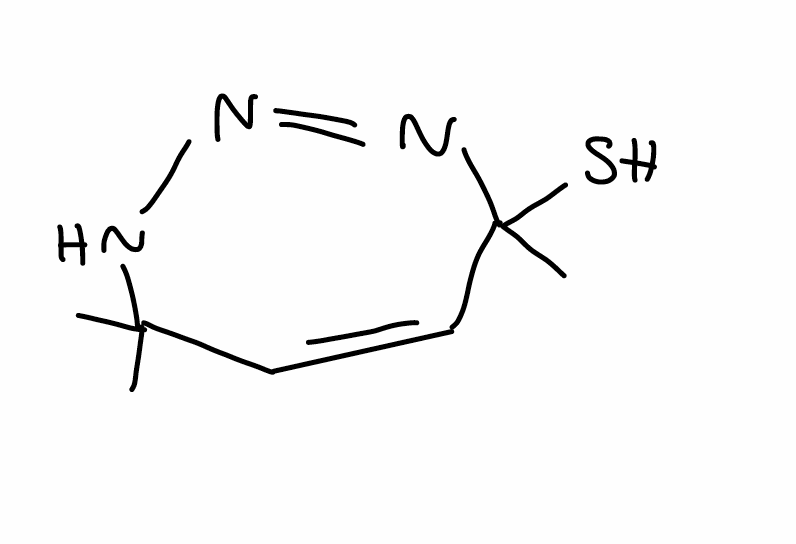
Simplified molecular-input line-entry system (SMILES) notation of the given molecule:
CC1(C=CC(N=NN1)(C)S)C